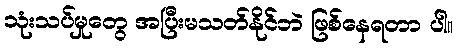
သုံးသပ်မှုတွေ အပြီးမသတ်နိုင်ဘဲ ဖြစ်နေရတာ ပါ။